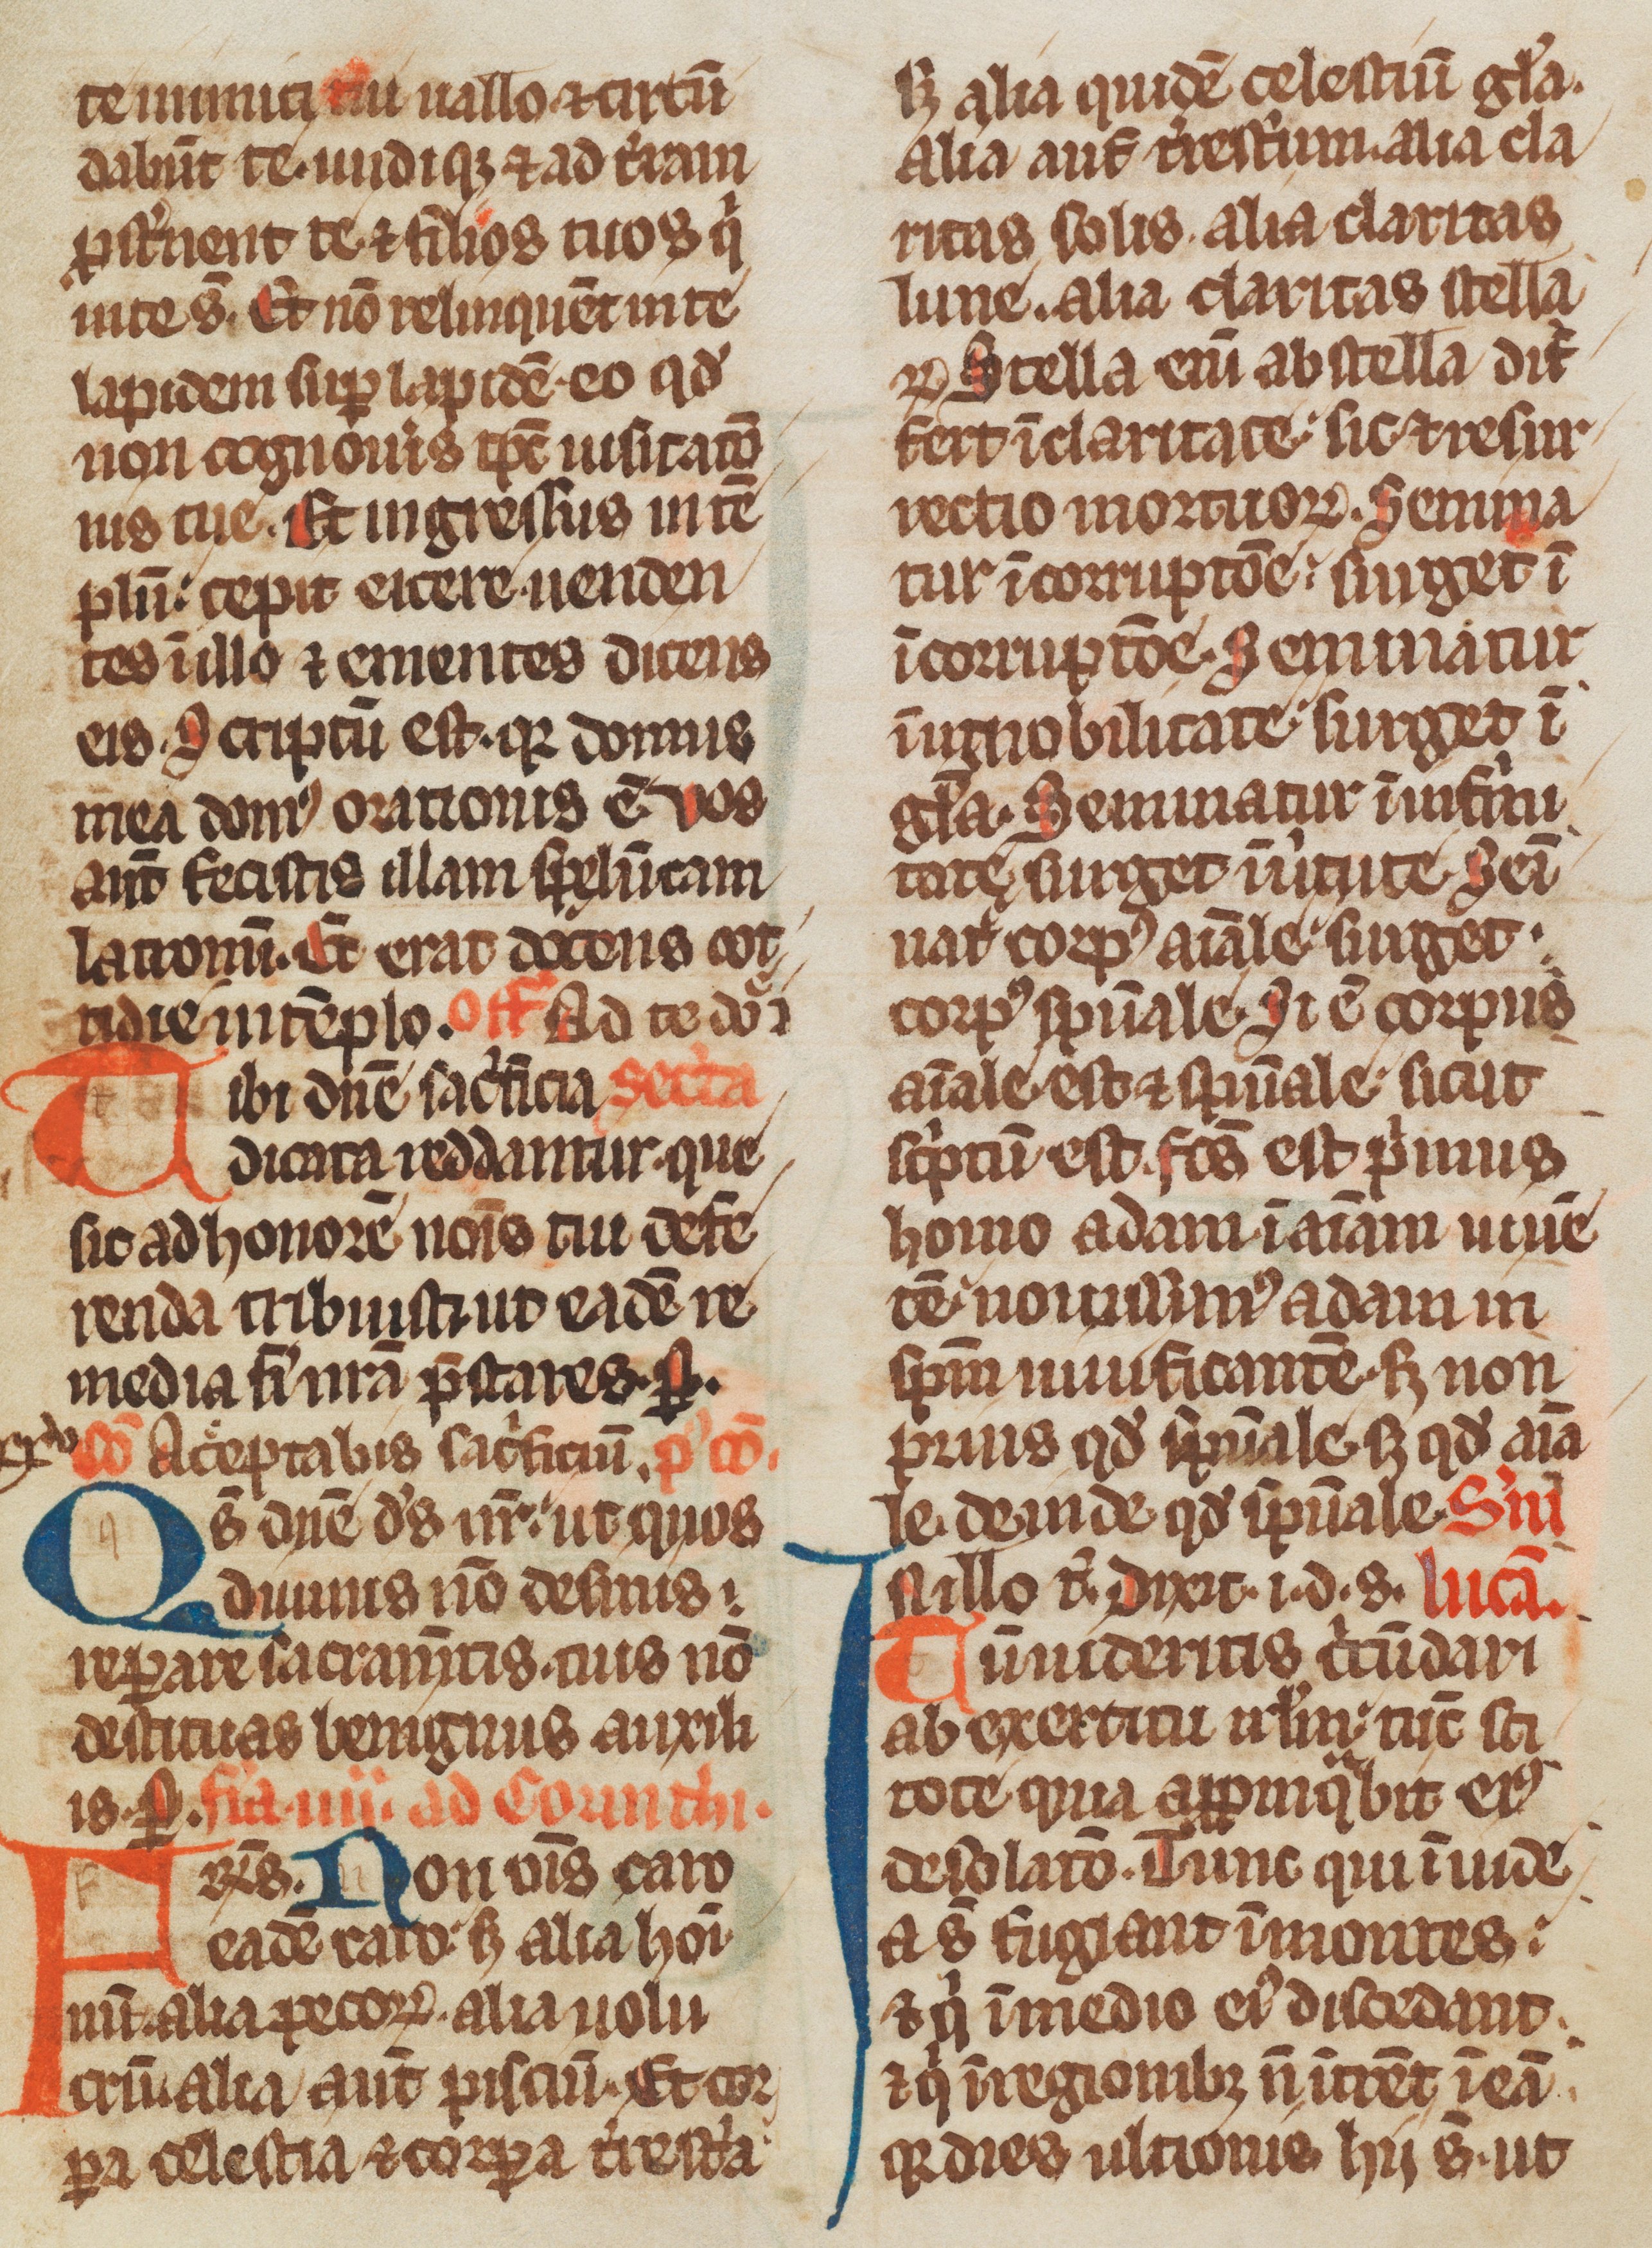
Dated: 1285–1315